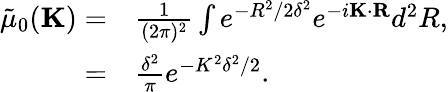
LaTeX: \begin{array}{rl}{\tilde{\mu}_{0}(\textbf{K})=}&{{}\frac{1}{(2\pi)^{2}}\int e^{-R^{2}/2\delta^{2}}e^{-i\textbf{K}\cdot{\textbf{R}}}d^{2}R,}\\ {=}&{{}\frac{\delta^{2}}{\pi}e^{-K^{2}\delta^{2}/2}.}\end{array}